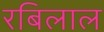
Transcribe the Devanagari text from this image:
रबिलाल